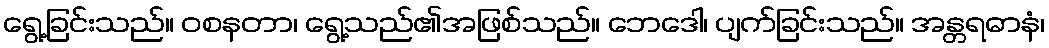
ရွေ့ခြင်းသည်။ ဝစနတာ၊ ရွေ့သည်၏အဖြစ်သည်။ ဘေဒေါ၊ ပျက်ခြင်းသည်။ အန္တရဓာနံ၊